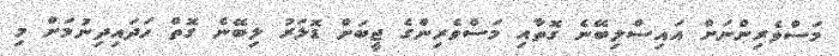
މަސްވެރިންނަށް އައިސްލިބޭނެ ގޮތާއި މަސްވެރިންގެ ޖީބަށް ޑޮލަރު ލިބޭނެ ގޮތް ހަދައިދިނުމަށް މި